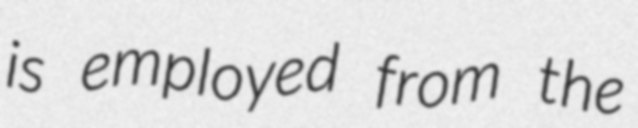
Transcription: is employed from the